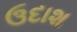
ઉદાશ